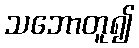
သဘောတူ၍